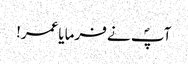
آپؐ نے فرمایاعمر!